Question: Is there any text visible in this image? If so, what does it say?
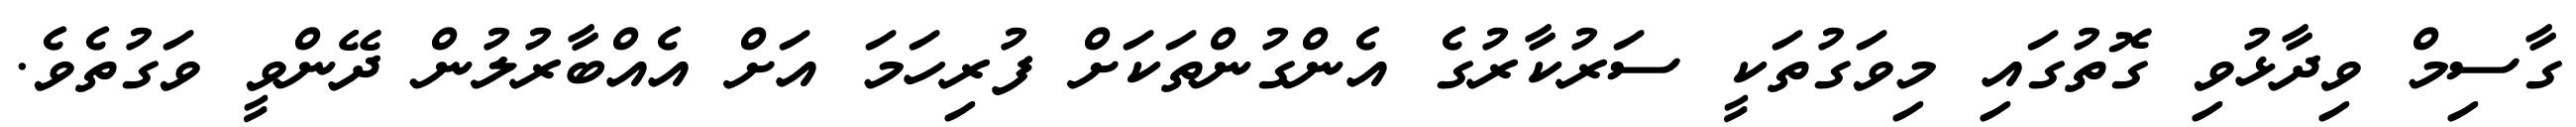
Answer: ގާސިމް ވިދާޅުވި ގޮތުގައި މިވަގުތަކީ ސަރުކާރުގެ އެންގުންތަކަށް ފުރިހަމަ އަށް އެއްބާރުލުން ދޭންވީ ވަގުތެވެ.